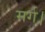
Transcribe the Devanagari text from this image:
मर्ग।